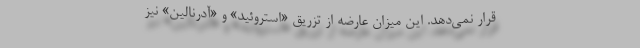
قرار نمی‌دهد. این میزان عارضه از تزریق «استروئید» و «آدرنالین» نیز